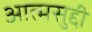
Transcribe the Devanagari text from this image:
आत्मसुद्दी